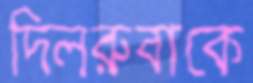
দিলরুবাকে